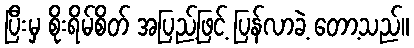
ပြီးမှ စိုးရိမ်စိတ် အပြည့်ဖြင့် ပြန်လာခဲ့ တော့သည်။